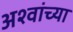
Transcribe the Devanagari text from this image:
अश्वांच्या